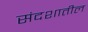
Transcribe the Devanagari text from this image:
संदशातील